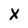
Character: x